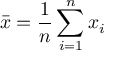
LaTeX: { \bar { x } } = { \frac { 1 } { n } } \sum _ { i = 1 } ^ { n } x _ { i }